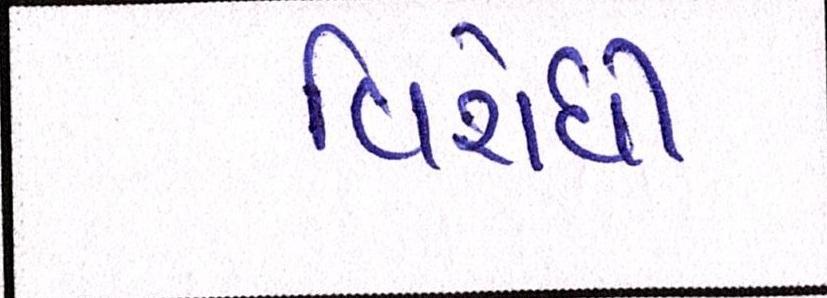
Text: વિરોધી